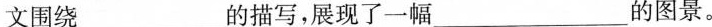
文围绕___的描写，展现了一幅___的图景。